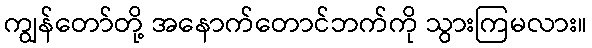
ကျွန်တော်တို့ အနောက်တောင်ဘက်ကို သွားကြမလား။